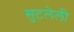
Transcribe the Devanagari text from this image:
सुटलेली